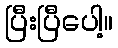
ပြီးပြီပေါ့။